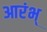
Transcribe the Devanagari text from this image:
आरंभ्